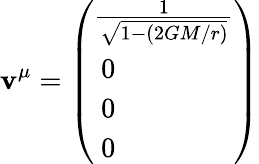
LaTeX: \mathbf{v}^{\mu}=\left(\begin{array}{l}{{\frac{1}{\sqrt{1-(2GM/r)}}}}\\ {{{}~0}}\\ {{{}~0}}\\ {{{}~0}}\end{array}\right)